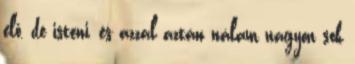
elő, de isteni, és azzal aztán nálam nagyon sok